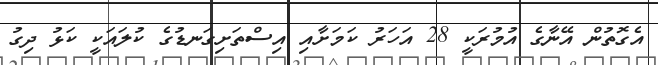
އެގޮތުން އޭނާގެ އުމުރަކީ 28 އަހަރު ކަމަށާއި އިސްތަށިގަނޑުގެ ކުލައަކީ ކަޅު ދިގު